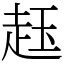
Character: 䞝